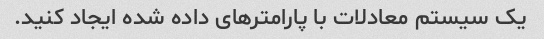
یک سیستم معادلات با پارامترهای داده شده ایجاد کنید.